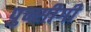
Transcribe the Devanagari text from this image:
पुन्सीगी